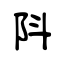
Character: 阧